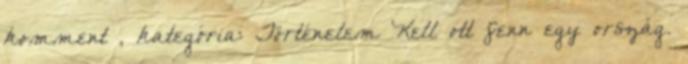
komment , kategória: Történelem Kell ott fenn egy ország.